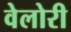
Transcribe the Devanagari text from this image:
वेलोरी